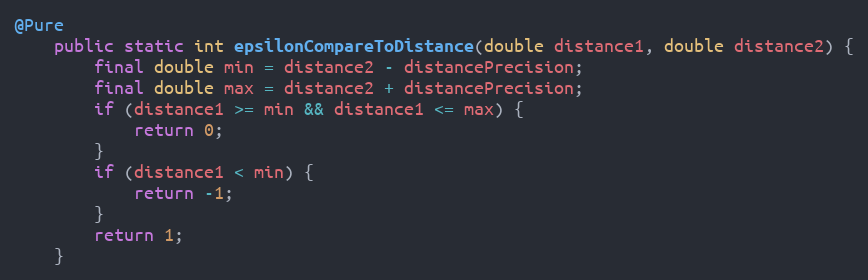
Language: Java
@Pure
	public static int epsilonCompareToDistance(double distance1, double distance2) {
		final double min = distance2 - distancePrecision;
		final double max = distance2 + distancePrecision;
		if (distance1 >= min && distance1 <= max) {
			return 0;
		}
		if (distance1 < min) {
			return -1;
		}
		return 1;
	}